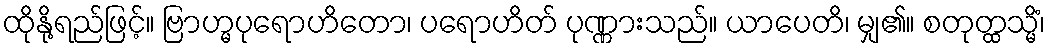
ထိုနို့ရည်ဖြင့်။ ဗြာဟ္မပုရောဟိတော၊ ပရောဟိတ် ပုဏ္ဏားသည်။ ယာပေတိ၊ မျှ၏။ စတုတ္ထသ္မိံ၊